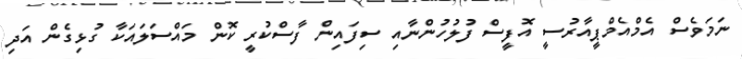
ނަމަވެސް އެމްއެމްޕީއާރުސީ އޮފީސް ފުލުހުންނާއި ސިފައިން ފާސްކުރީ ކޮން މައްސަލައަކާ ގުޅިގެން އަދި